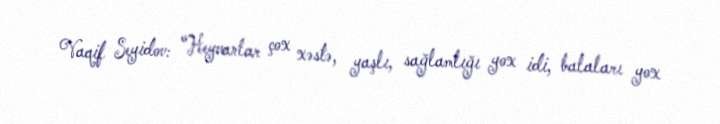
Vaqif Seyidov: “Heyvanlar çox xəstə, yaşlı, sağlamlığı yox idi, balaları yox